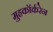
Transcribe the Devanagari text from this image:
मुहकॉर्करेन